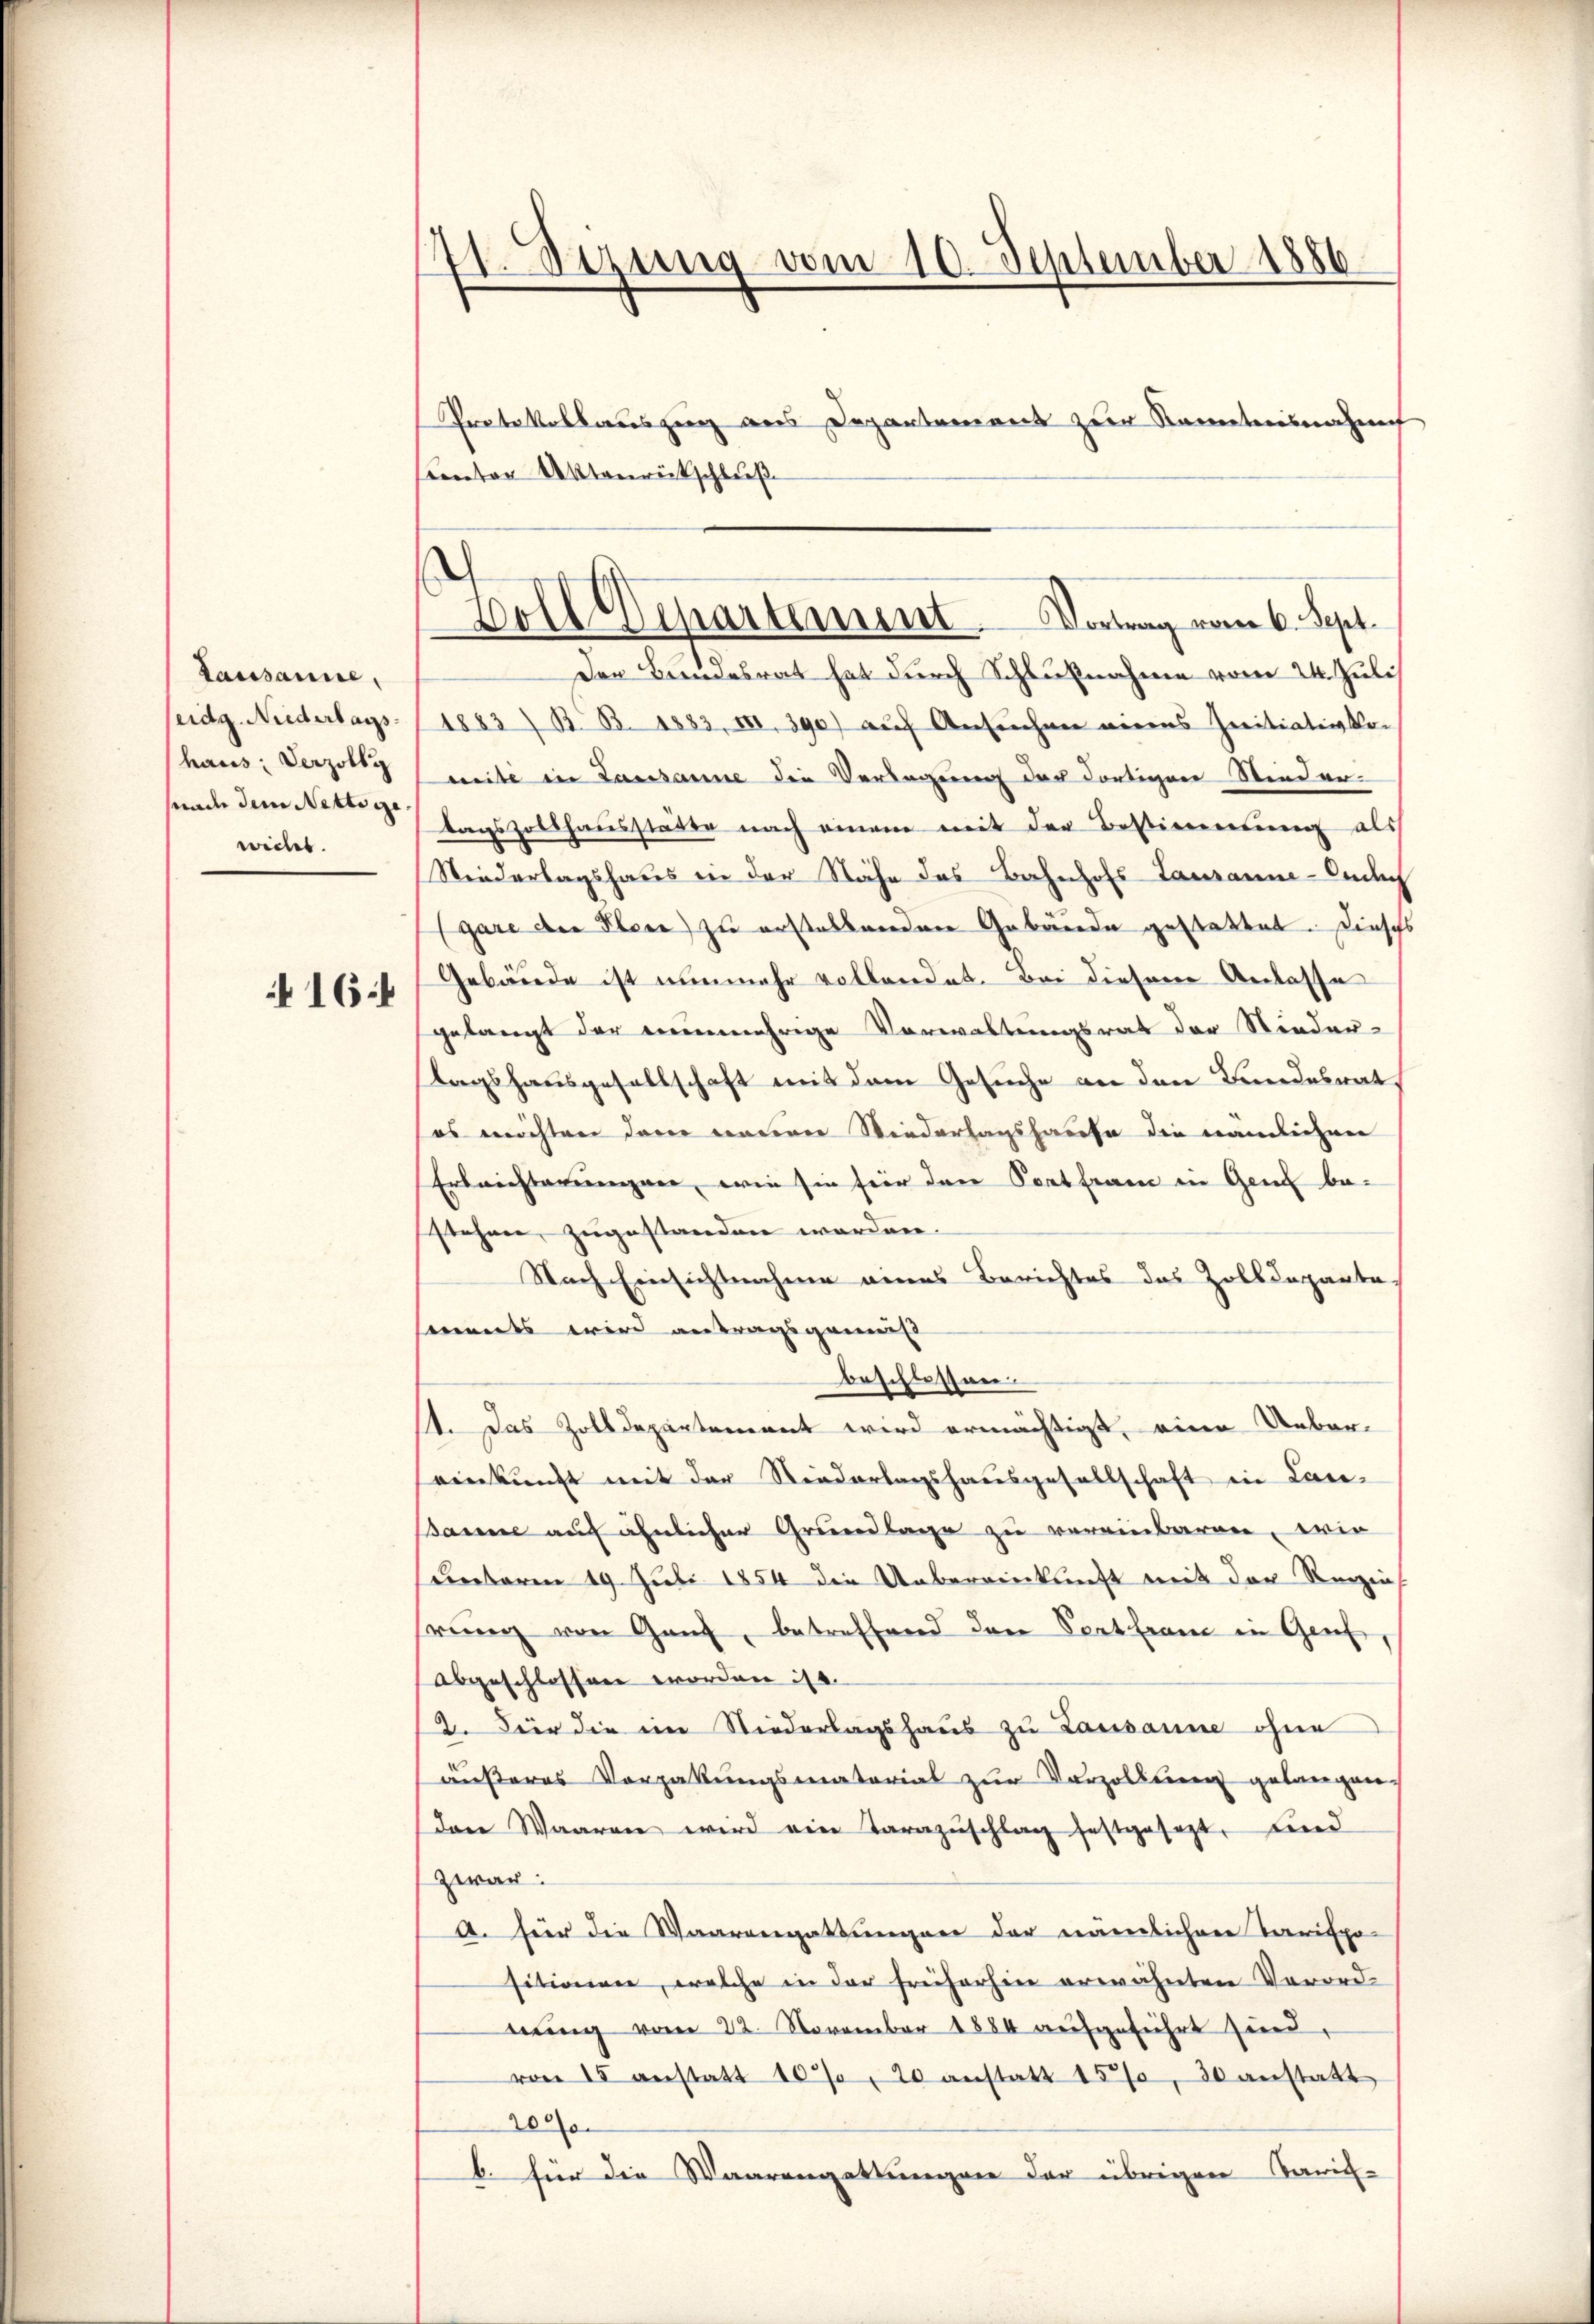
Lausanne,
seidg. Niederlags
haus: Verzölle
snade dem Nettige
weiles.

16

141. Sezung vom 10. September 1886.

Protokollauszug aus Departement zur Kenntnisnahm
ereten Aktenrückschluß
Der Bundesrat hat durch Schlußnahme vom 24. Juli
1883/ B. B. 1883, III. 390) aŭf Ansŭchen eines Initiativko-
mite in Lausanne die Verlegung der dortigen Nieder-
tagszollhausstätte nach einem mit der Bestireren au
Niederlagshaus in der Nähe des Bahnhofs Lausanne-Col
(gare der Plen) zu erstellenden Gebäude gestattet. Dieses
Gebäude ist nunmehr vollandet. Bei diesem Anlasse
gelangt der nunmehrige Verwaltungsrat der Nieder-
lagshausgesellschaft mit dem Gesuche an den Bundesrat
es möchten darin nativer Wiederlagshause die nämlichen
Erbrechterungen, wie sie für den Pontfram in Genf be-
stehen, zugestanden worden.
Nach Einsichtnahme eines Berichtes das Zolldeparte,
ments wird antragsgemäß
Beschlossen.
t. Das Zolldepartement wird ermächtigt, eine Uebereinkunft mit der Niederlagshausgesellschaft in Lan-
Baume auf ähnlicher Grundlage zu vereinbaren, wie
unteren 19. Juli 1854 die Uebereinkunft mit der Reizins
rung von Ganz, betreffend den Pertfrau in Genf
abgeschlossen worden ist.
2. Für die im Niederlagshaus zu Lausanne ohne
äußeres Vorgabŭngsmaterial zŭr Vorzollung gelangen.
den Waaren wird ein Tarazŭschlag festgesezt, und
zwar:
A. hier die Waarengattungen der nämlichen Tarifpo-
sitioniren, welche in der Freiherhin erwähnten Verordnŭng vom 22. November 1884 aufgeführt sind,
von 15 anstatt 10% " 20 anstatt 157, 30 anstatt
2000
b. für die Waarengattungen der übrigen Varich-

.
Boll Departement. Vortrag vom 6. Sept.